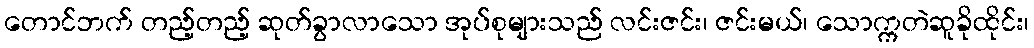
တောင်ဘက် တည့်တည့် ဆုတ်ခွာလာသော အုပ်စုများသည် လင်းဇင်း၊ ဇင်းမယ်၊ သောက္ကတဲဆူခိုထိုင်း၊